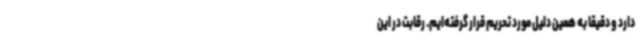
دارد و دقیقا به همین دلیل مورد تحریم قرار گرفته‌ایم. رقابت در این